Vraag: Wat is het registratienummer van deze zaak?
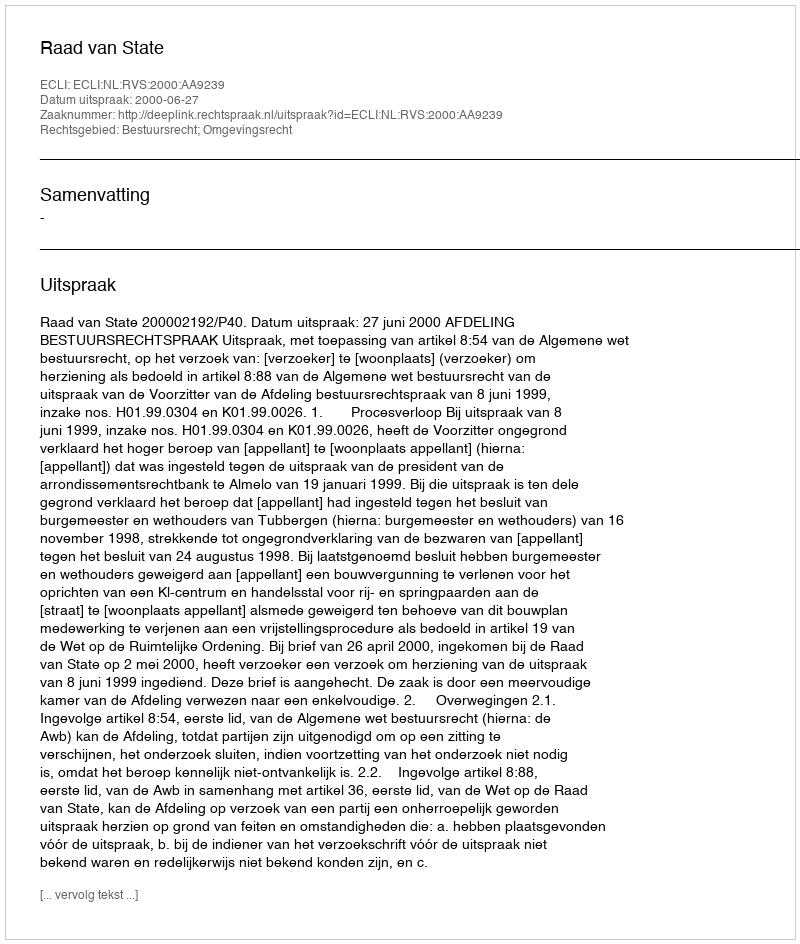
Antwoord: http://deeplink.rechtspraak.nl/uitspraak?id=ECLI:NL:RVS:2000:AA9239